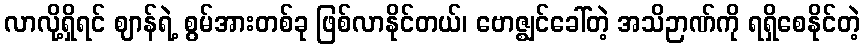
လာလို့ရှိရင် ဈာန်ရဲ့ စွမ်အားတစ်ခု ဖြစ်လာနိုင်တယ်၊ ဗောဇ္ဈင်ခေါ်တဲ့ အသိဉာဏ်ကို ရရှိစေနိုင်တဲ့